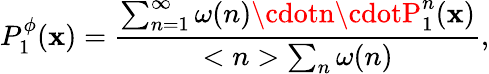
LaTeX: P_{1}^{\phi}(\mathbf{x})=\frac{{\sum_{n=1}^{\infty}\omega(n)\cdotn\cdotP_{1}^{n}(\mathbf{x})}}{{<n>\sum_{n}\omega(n)}},